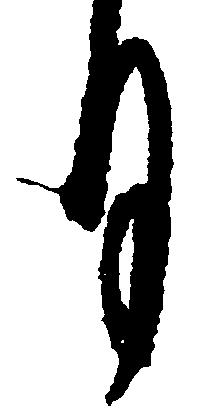
月